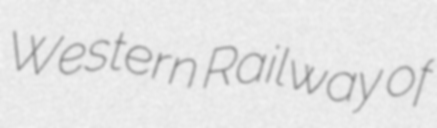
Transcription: Western Railway of